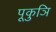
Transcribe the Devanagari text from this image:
पूकुञि